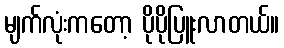
မျက်လုံးကတော့ ပိုပိုပြူးလာတယ်။